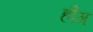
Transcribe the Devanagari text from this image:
हौग